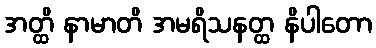
အတ္ထိ နာမာတိ အမရိသနတ္ထ နိပါတော